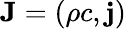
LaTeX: \mathbf{J}=\left(\rho c,\mathbf{j}\right)